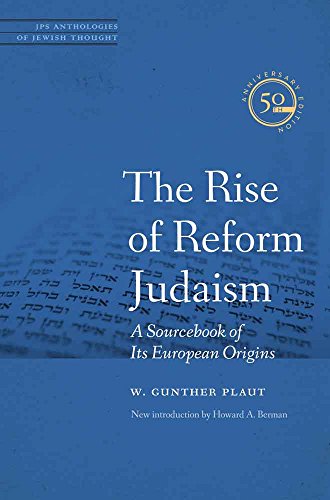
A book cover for The Rise of Reform Judaism: A Sourcebook of Its European Origins (JPS Anthologies of Jewish Thought); Rabbi W. Gunther Plaut; Religion & Spirituality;